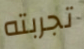
تجربته